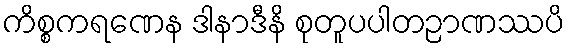
ကိစ္စကရဏေန ဒါနာဒီနိ စုတူပပါတဉာဏဿပိ